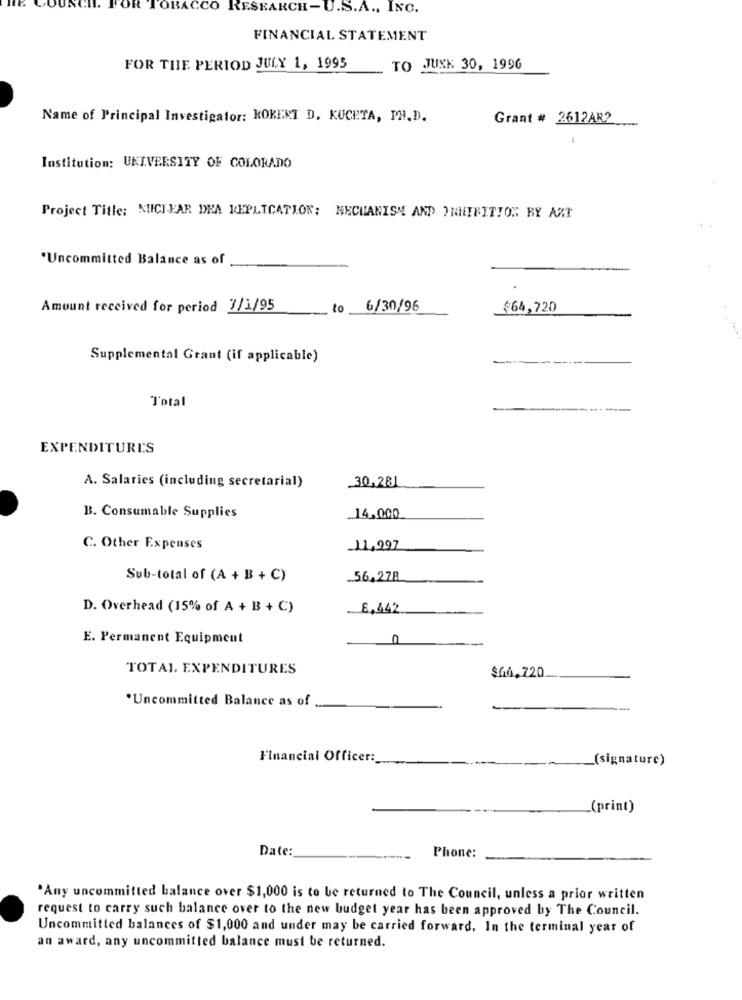
TOBACCO RESEARCH-U.S.A ., INC.
FINANCIAL STATEMENT
FOR THE PERIOD JULY 1, 1995
TO JUNK 30, 1996
Name of Principal Investigator: KOKENT D. KUCHTA, PH.D.
Grant # 2612AR?
Institution: UNIVERSITY OF COLORADO
Project Title: NUCLEAR DNA REPLICATION; MECHANISM AND INHIBITION BY ART
*Uncommitted Balance as of
Amount received for period 7/1/95
to
6/30/96
$64,720
Supplemental Grant (if applicable)
Total
EXPENDITURE'S
A. Salaries (including secretarial)
.30,281
B. Consumable Supplies
14.000
C. Other Expenses
11,997
Sub-total of (A + B + C)
.. 56.278
D. Overhead (15% of A + B + C)
8,442
E. Permanent Equipment
TOTAL EXPENDITURES
$64.720
.Uncommitted Balance as of
Financial Officer:
(signature)
(print)
Date:
Phone:
.Any uncommitted balance over $1,000 is to be returned to The Council, unless a prior written
request to carry such balance over to the new budget year has been approved by The Council.
Uncommitted balances of $1,000 and under may be carried forward. In the terminal year of
an award, any uncommitted balance must be returned.